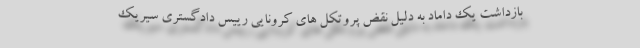
بازداشت یک داماد به دلیل نقض پروتکل های کرونایی رییس دادگستری سیریک